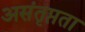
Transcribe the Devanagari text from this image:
असंतृप्तता